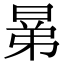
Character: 晜